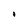
Character: i